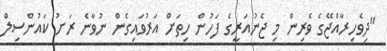
"ދިވެހިރާއްޖޭގެ ވެރިން މި ޖެނުއަރީގެ ފަހުން ހިތަށް އަރުވައިގެން ނުވާނެ ރަށު ކައުންސިލް